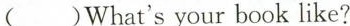
( )What's your book like?